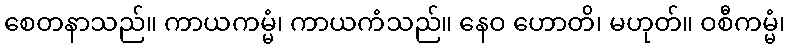
စေတနာသည်။ ကာယကမ္မံ၊ ကာယကံသည်။ နေဝ ဟောတိ၊ မဟုတ်။ ဝစီကမ္မံ၊